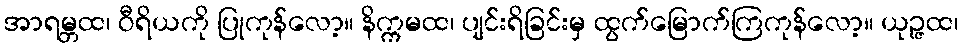
အာရမ္ဘထ၊ ဝီရိယကို ပြုကုန်လော့။ နိက္ကမထ၊ ပျင်းရိခြင်းမှ ထွက်မြောက်ကြကုန်လော့။ ယုဉ္ဇထ၊